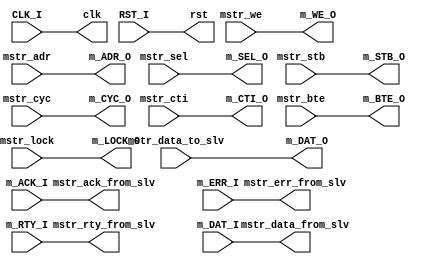
module dummy 
  #(parameter M_WB_ADR_WIDTH = 32,
    parameter M_WB_DAT_WIDTH = 32
    )
   (
    // wishbone master signals
    output [M_WB_ADR_WIDTH-1:0] m_ADR_O,
    output [M_WB_DAT_WIDTH-1:0] m_DAT_O,
    output m_WE_O,
    output [M_WB_DAT_WIDTH/8-1:0] m_SEL_O,
    output m_STB_O,
    output m_CYC_O,
    output m_LOCK_O,
    output [2:0] m_CTI_O,
    output [1:0] m_BTE_O,
    input [M_WB_DAT_WIDTH-1:0] m_DAT_I,
    input m_ACK_I,
    input m_ERR_I,
    input m_RTY_I,
    
    // external signals (master passthru)
    input [M_WB_ADR_WIDTH-1:0] mstr_adr,
    input [M_WB_DAT_WIDTH-1:0] mstr_data_to_slv,
    input mstr_we,
    input [M_WB_DAT_WIDTH/8-1:0] mstr_sel,
    input mstr_stb,
    input mstr_cyc,
    input mstr_lock,
    input [2:0] mstr_cti,
    input [1:0] mstr_bte,
    output [M_WB_DAT_WIDTH-1:0] mstr_data_from_slv,
    output mstr_ack_from_slv,
    output mstr_err_from_slv,
    output mstr_rty_from_slv,
    output clk,
    output rst,
    //
    // others
    //
    input CLK_I,
    input RST_I);
   
   //----------------------------------------------------
   //
   // pass signals to an external entity (master-passthru)
   //
   //----------------------------------------------------
   assign      m_ADR_O                     = mstr_adr;
   assign      m_DAT_O                     = mstr_data_to_slv;
   assign      m_WE_O                      = mstr_we;
   assign      m_SEL_O                     = mstr_sel;
   assign      m_STB_O                     = mstr_stb;
   assign      m_CYC_O                     = mstr_cyc;
   assign      m_LOCK_O                    = mstr_lock;
   assign      m_CTI_O                     = mstr_cti;
   assign      m_BTE_O                     = mstr_bte;
   assign      mstr_data_from_slv          = m_DAT_I;
   assign      mstr_ack_from_slv           = m_ACK_I;
   assign      mstr_err_from_slv           = m_ERR_I;
   assign      mstr_rty_from_slv           = m_RTY_I;
   assign      clk                         = CLK_I;
   assign      rst                         = RST_I;

endmodule